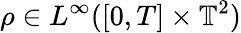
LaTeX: \rho\in L^{\infty}([0,T]\times\mathbb{T}^{2})